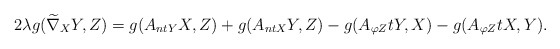
\begin{align*}2\lambda g(\widetilde\nabla_{X}Y,Z)=g(A_{ntY}X,Z)+g(A_{ntX}Y,Z)-g(A_{\varphi Z}tY,X)-g(A_{\varphi Z}tX,Y).\end{align*}